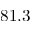
8 1 . 3